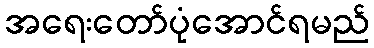
အရေးတော်ပုံအောင်ရမည်